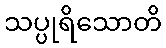
သပ္ပုရိသောတိ